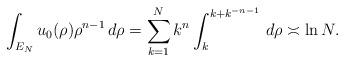
LaTeX: \begin{align*}\int_{E_{N}}u_{0}(\rho)\rho^{n-1}\,d\rho=\sum_{k=1}^{N}k^{n}\int_{k}^{k+k^{-n-1}}\,d\rho\asymp \ln N.\end{align*}